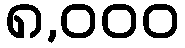
၈,၀၀၀